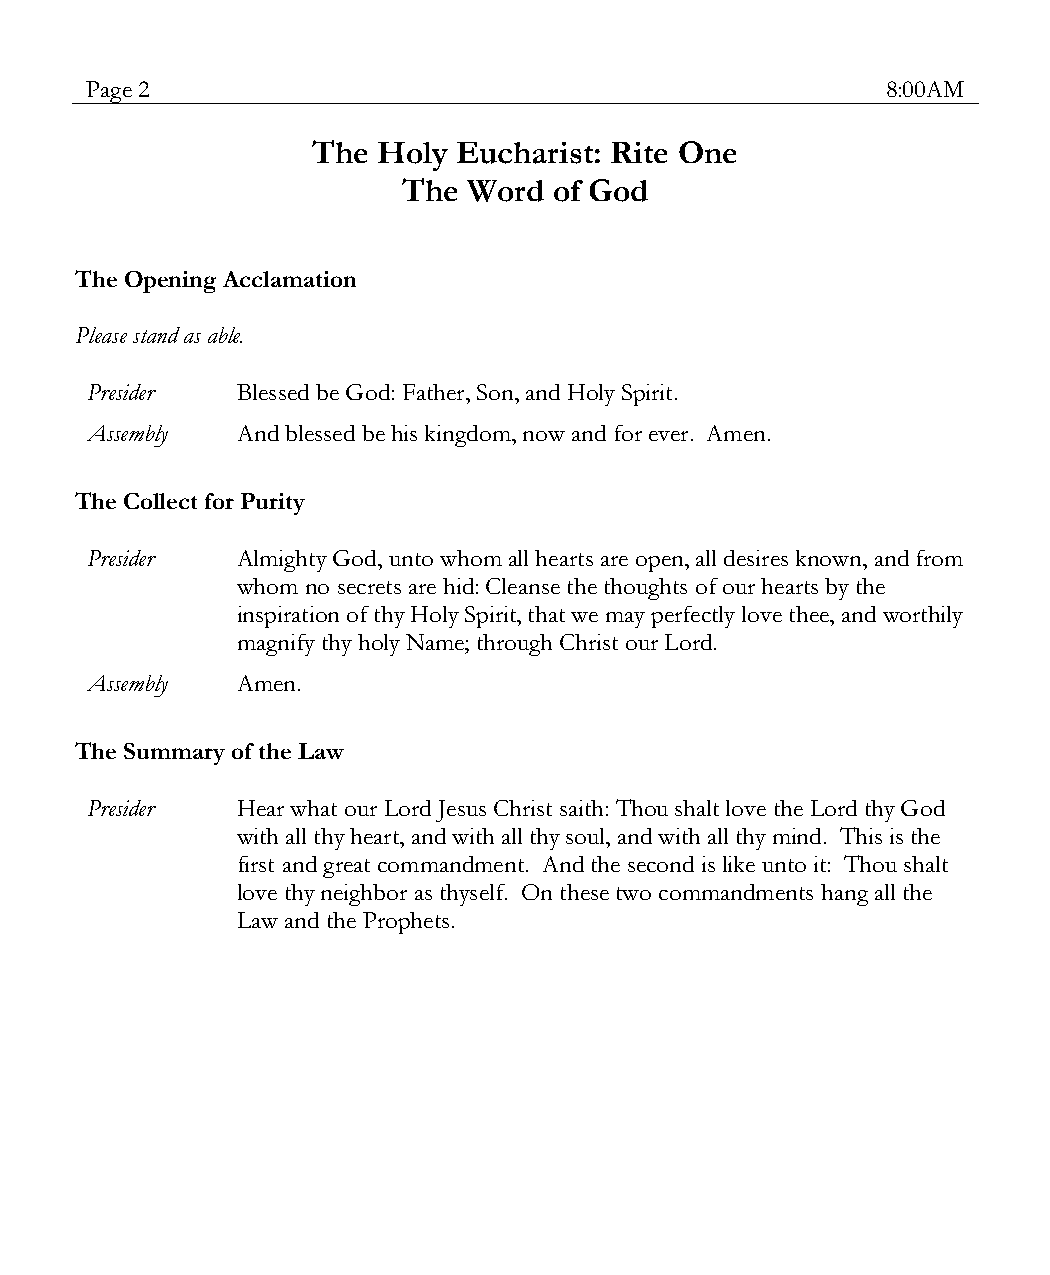
Page 2                                               8:00AM
 The Holy Eucharist: Rite One
 The Word  of God
 The Opening Acclamation
 Please stand as able.
 Presider  Blessed be God: Father, Son, and Holy Spirit.
 Assembly  And blessed be his kingdom, now and for ever. Amen.
 The Collect for Purity
 Presider  Almighty God, unto whom all hearts are open, all desires known, and from
 whom no secrets are hid: Cleanse the thoughts of our hearts by the
 inspiration of thy Holy Spirit, that we may perfectly love thee, and worthily
 magnify thy holy Name; through Christ our Lord.
 Assembly  Amen.
 The Summary of the Law
 Presider  Hear what our Lord Jesus Christ saith: Thou shalt love the Lord thy God
 with all thy heart, and with all thy soul, and with all thy mind. This is the
 first and great commandment. And the second is like unto it: Thou shalt
 love thy neighbor as thyself. On these two commandments hang all the
 Law and the Prophets.